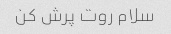
سلام روت پرش کن